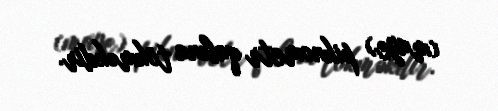
(maye) piknometr qabına tökməkdir.